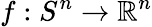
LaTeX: f:S^{n}\to\mathbb{R}^{n}